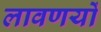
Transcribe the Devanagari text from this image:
लावणयों